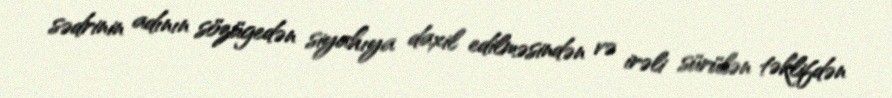
sədrinin adının sözügedən siyahıya daxil edilməsindən və irəli sürülən təklifdən